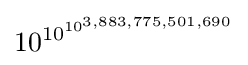
{10}^{{10}^{{10}^{3,883,775,501,690}}}